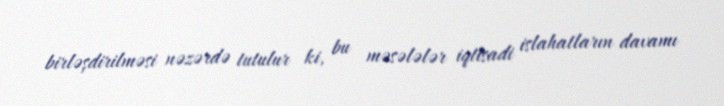
birləşdirilməsi nəzərdə tutulur ki, bu məsələlər iqtisadi islahatların davamı